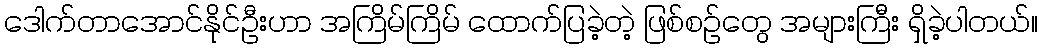
ဒေါက်တာအောင်နိုင်ဦးဟာ အကြိမ်ကြိမ် ထောက်ပြခဲ့တဲ့ ဖြစ်စဉ်တွေ အများကြီး ရှိခဲ့ပါတယ်။